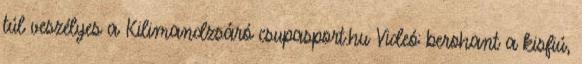
túl veszélyes a Kilimandzsáró csupasport.hu Videó: berohant a kisfiú,